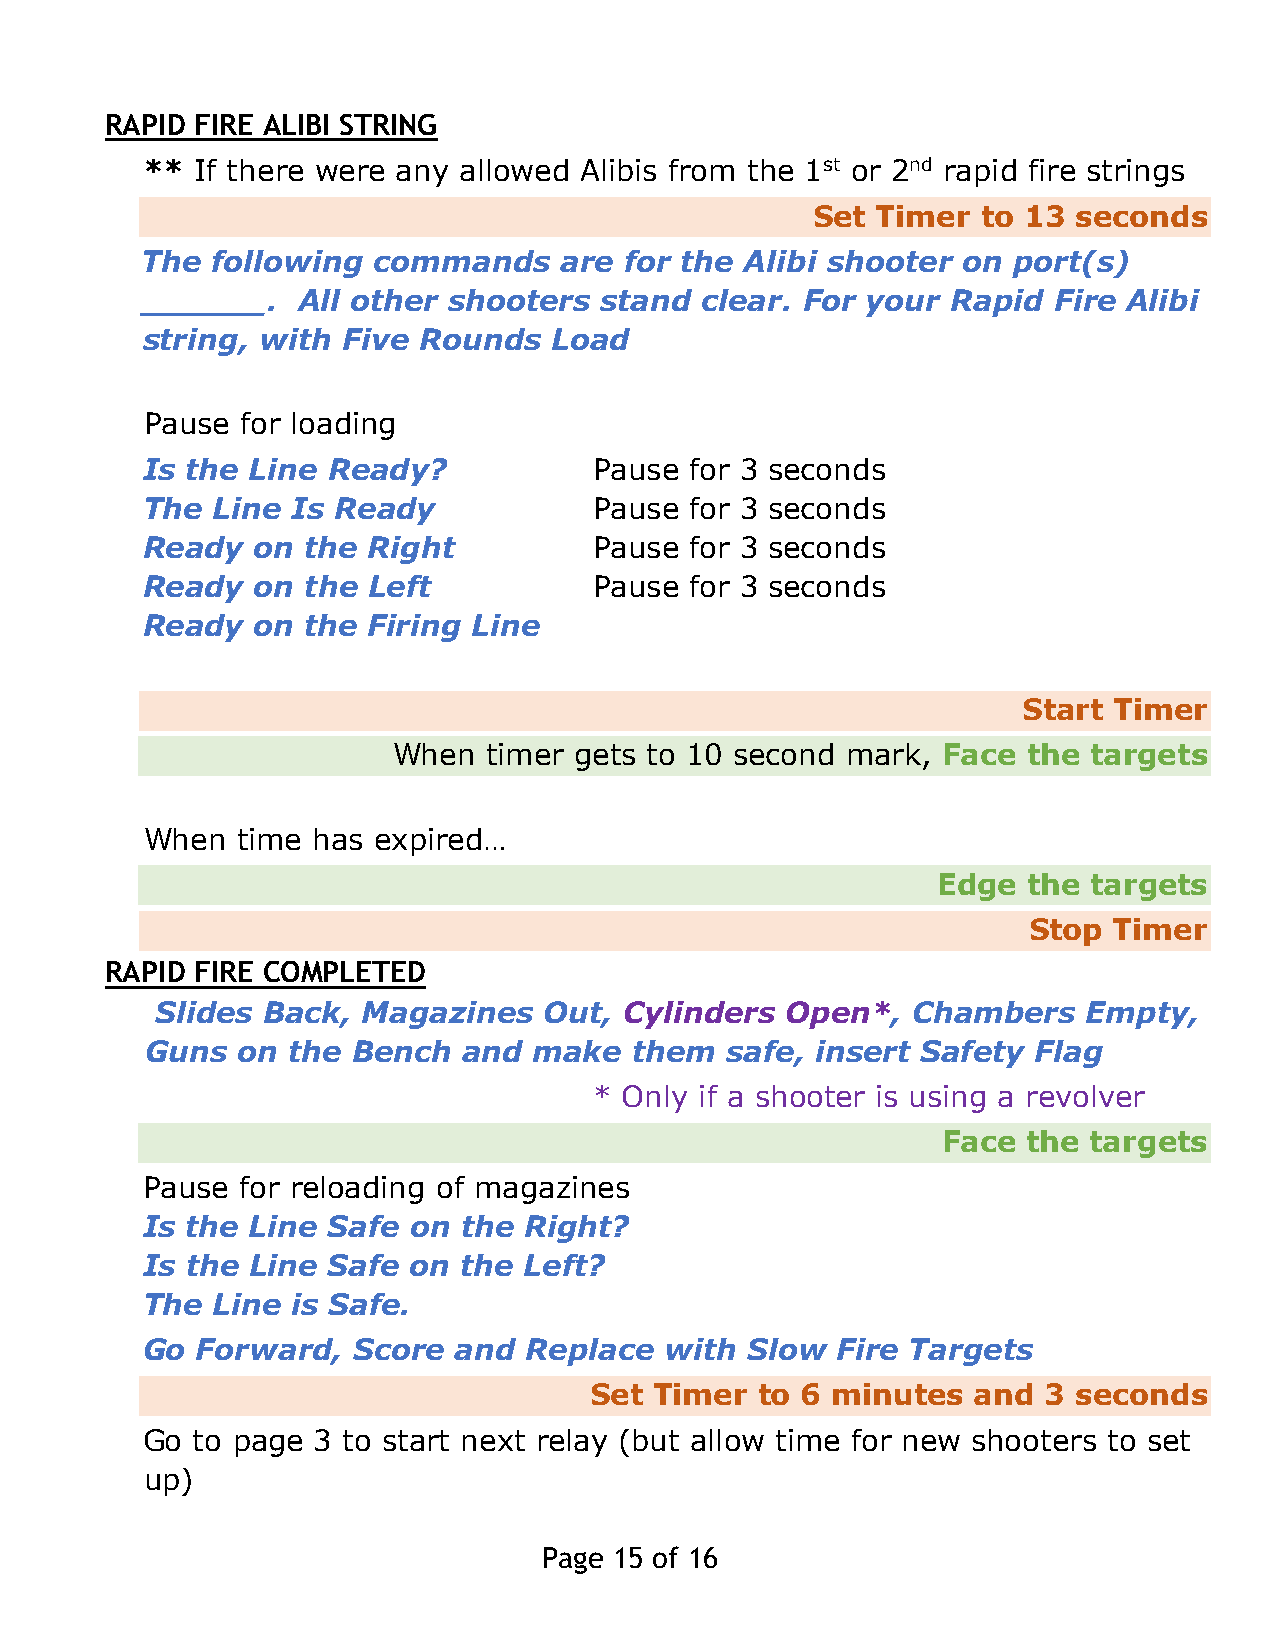
RAPID FIRE ALIBI STRING
 **  If there were any allowed Alibis from the 1st or 2nd rapid fire strings
 Set Timer  to 13 seconds
 The  following  commands    are for the Alibi shooter  on port(s)
 ______.    All other shooters  stand clear. For your  Rapid  Fire Alibi
 string, with  Five Rounds   Load
 Pause for loading
 Is the  Line Ready?           Pause  for 3 seconds
 The  Line Is Ready            Pause  for 3 seconds
 Ready   on the Right          Pause  for 3 seconds
 Ready   on the Left           Pause  for 3 seconds
 Ready   on the Firing Line
 Start Timer
 When  timer gets to 10 second mark, Face  the targets
 When  time has expired…
 Edge  the targets
 Stop  Timer
 RAPID FIRE COMPLETED
 Slides Back,  Magazines   Out, Cylinders  Open*,  Chambers    Empty,
 Guns  on the Bench   and make   them  safe, insert Safety Flag
 * Only if a shooter is using a revolver
 Face  the targets
 Pause  for reloading of magazines
 Is the  Line Safe on the  Right?
 Is the  Line Safe on the  Left?
 The  Line is Safe.
 Go  Forward,  Score  and  Replace  with Slow  Fire Targets
 Set Timer  to 6 minutes  and  3 seconds
 Go  to page 3 to start next relay (but allow time for new shooters to set
 up)
 Page 15 of 16